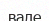
вале